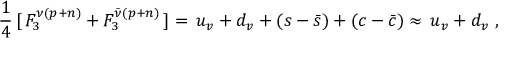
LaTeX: \frac { 1 } { 4 } \, [ \, F _ { 3 } ^ { \nu ( p + n ) } + F _ { 3 } ^ { \bar { \nu } ( p + n ) } \, ] = \, u _ { v } + d _ { v } + ( s - \bar { s } ) + ( c - \bar { c } ) \approx \, u _ { v } + d _ { v } \ ,